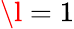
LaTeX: \l=1